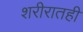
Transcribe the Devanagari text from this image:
शरीरातही